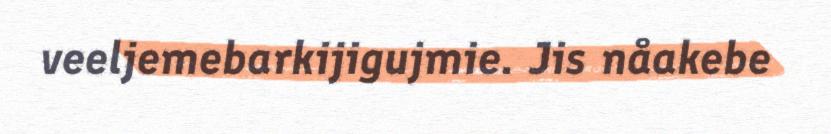
veeljemebarkijigujmie. Jis nåakebe